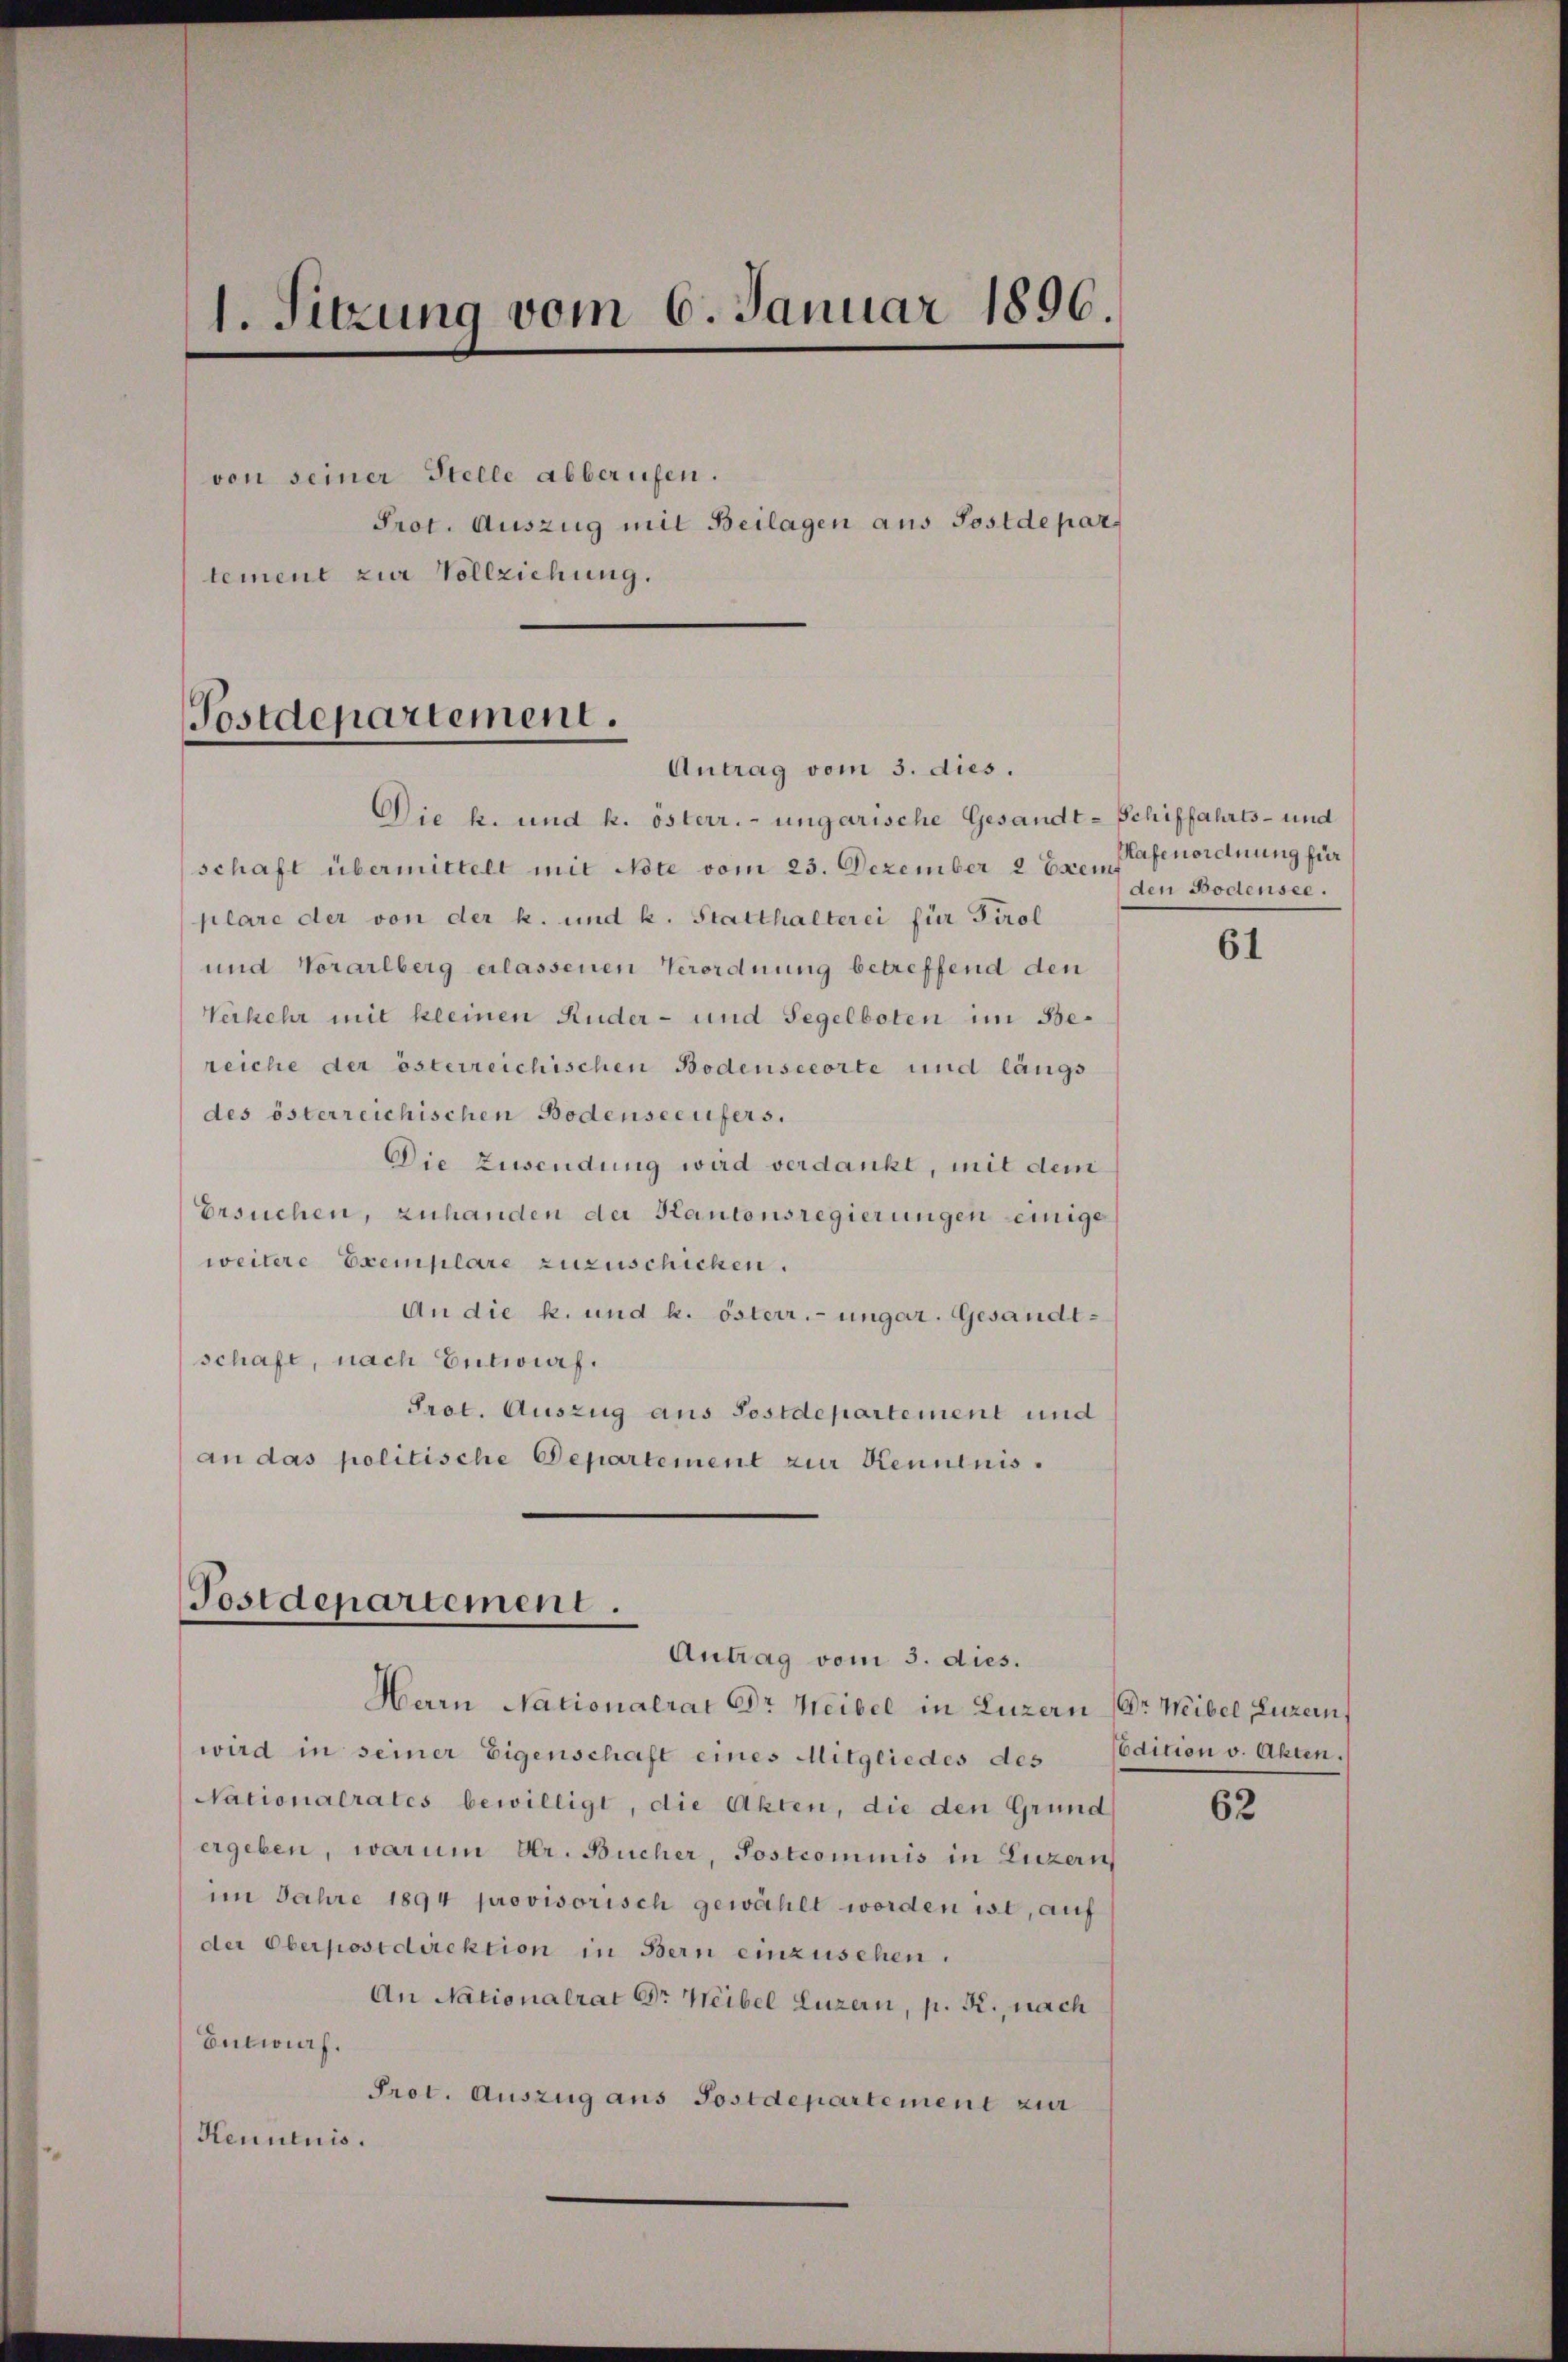
1. Sitzung vom 6. Januar 1896.
von seiner Stelle abberufen.
Prot. Auszug mit Beilagen aus Postdepar
tement zur Vollziehung.
Postdepartement.
Antrag vom 3. dies.

Postdepartement.
Antrag vom 3. dies.

Die k. und k. österr. ungarische Gesandt-Schiffahrts- und
schaft übermittelt mit Note vom 23. Dezember 2 Exemp
plare der von der k. und k. Statthalterei für Tirol
und Vorarlberg erlassenen Verordnung betreffend den
Verkehr mit kleinen Ruder- und Segelboten im Bereiche der österreichischen Bodenseeorte und längs
des österreichischen Bodenseeufers.
Die Zusendung wird verdankt, mit dem
Ersuchen, zuhanden der Kantonsregierungen einige
weitere Exemplare zuzuschicken.
An die k. und k. österr.-ungar. Gesandtschaft, nach Entwurf.
Prot. Auszug aus Postdepartement und
an das politische Departement zur Kenntnis¬

Herrn Nationalrat Dr Heibel in Luzern (Dr. Weibel, Luzer
wird in seiner Eigenschaft eines Mitgliedes des Codition v. Akten.
Nationalrates bewilligt, die Akten, die den Grund
ergeben, warum Dr. Bücher, Postcommis in Luzern
im Jahre 1894 provisorisch gewählt worden ist, auf
der Oberpostdirektion in Bern einzusehen.
An Nationalrat Dr Weibel Luzern, p. R., nach
Entwurf.
Prot. Auszug aus Postdepartement zur
Henntnis.

Hafenordnung für
den Bodensee.

61

62